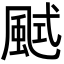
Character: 𩗎